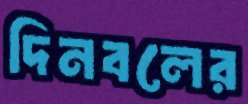
দিনবলের